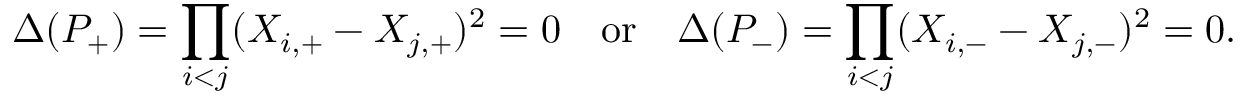
\Delta ( P _ { + } ) = \prod _ { i < j } ( X _ { i , + } - X _ { j , + } ) ^ { 2 } = 0 \quad \mathrm { o r } \quad \Delta ( P _ { - } ) = \prod _ { i < j } ( X _ { i , - } - X _ { j , - } ) ^ { 2 } = 0 .